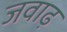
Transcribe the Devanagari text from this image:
जवाढ़